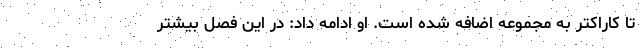
تا کاراکتر به مجموعه اضافه شده است. او ادامه داد: در این فصل بیشتر